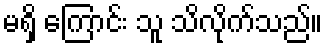
မရှိ ကြောင်း သူ သိလိုက်သည်။